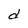
Character: d